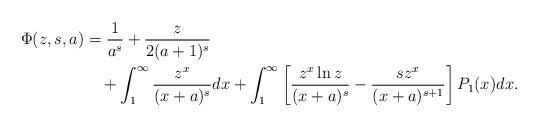
LaTeX: \begin{align*}~\begin{aligned}\Phi(z,s,a)&=\frac{1}{a^{s}}+\frac{z}{2(a+1)^{s}}\\&\quad+\int_{1}^{\infty}\frac{z^{x}}{(x+a)^{s}}dx+\int_{1}^{\infty}\left[\frac{z^{x}\ln z}{(x+a)^{s}}-\frac{sz^{x}}{(x+a)^{s+1}}\right]P_{1}(x)dx.\end{aligned}\end{align*}